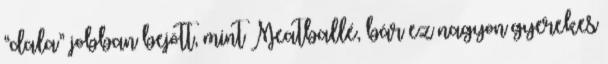
“dala” jobban bejött, mint Meatballé, bár ez nagyon gyerekes